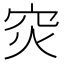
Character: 𬔇